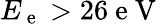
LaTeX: E_{\mathrm{~e~}}>26\mathrm{~e~V~}